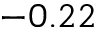
- 0 . 2 2